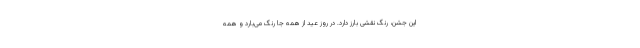
این جشن، رنگ نقشی بارز دارد. در روز عید از همه جا رنگ می‌بارد و همه